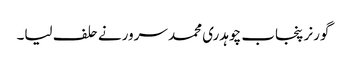
گورنر پنجاب چوہدری محمد سرورنے حلف لیا۔